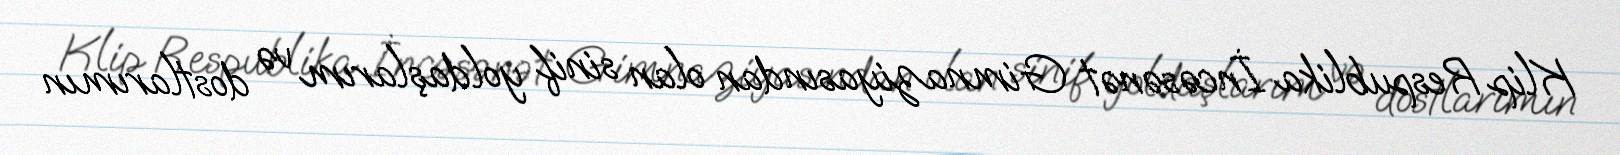
Klip Respublika İncəsənət Gimnaziyasından olan sinif yoldaşlarım və dostlarımın